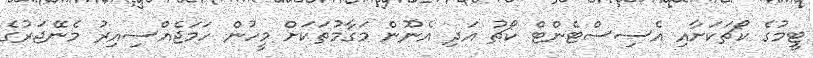
ޓީމުގެ ކޯޗަކަށާއި އެސިސްޓެންޓް ކޯޗު އަދި އެނޫން މަގާމުތަކަށް މީހުން ހަމަޖެއްސިއިރު މެނޭޖަރުގެ